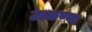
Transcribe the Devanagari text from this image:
टाळण्या